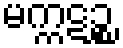
မက္ကဋဉ္စ